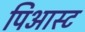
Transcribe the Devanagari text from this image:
पिआस्ट